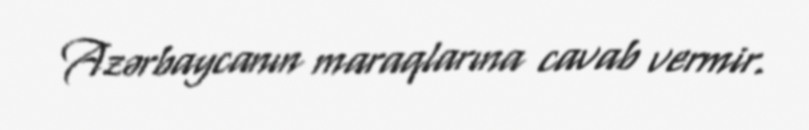
Azərbaycanın maraqlarına cavab vermir.